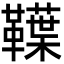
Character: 𩍣